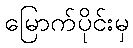
မြောက်ပိုင်းမှ